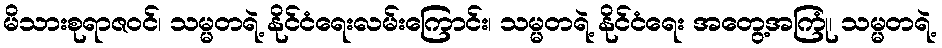
မိသားစုရာဇဝင်၊ သမ္မတရဲ့ နိုင်ငံရေးလမ်းကြောင်း၊ သမ္မတရဲ့ နိုင်ငံရေး အတွေ့အကြုံ၊ သမ္မတရဲ့